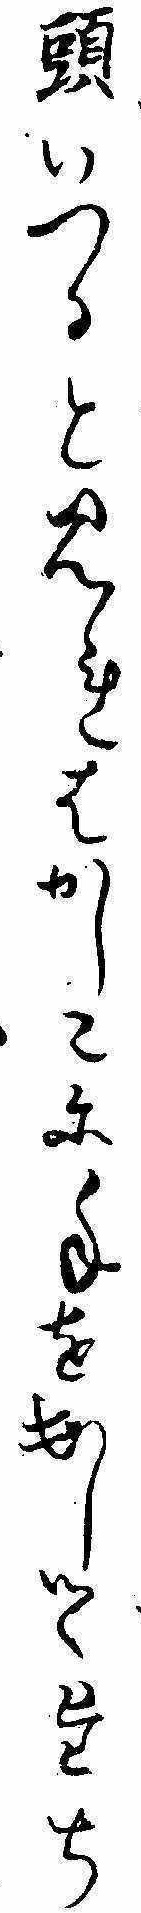
頭いつると見れはかしこに手を出しつゝたち